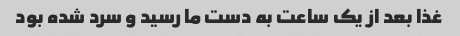
غذا بعد از یک ساعت به دست ما رسید و سرد شده بود